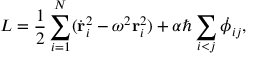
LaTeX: L = \frac { 1 } { 2 } \sum _ { i = 1 } ^ { N } ( { \dot { \bf r } } _ { i } ^ { 2 } - { \omega } ^ { 2 } { \bf r } _ { i } ^ { 2 } ) + \alpha \hbar \sum _ { i < j } { \dot { \phi } } _ { i j } ,